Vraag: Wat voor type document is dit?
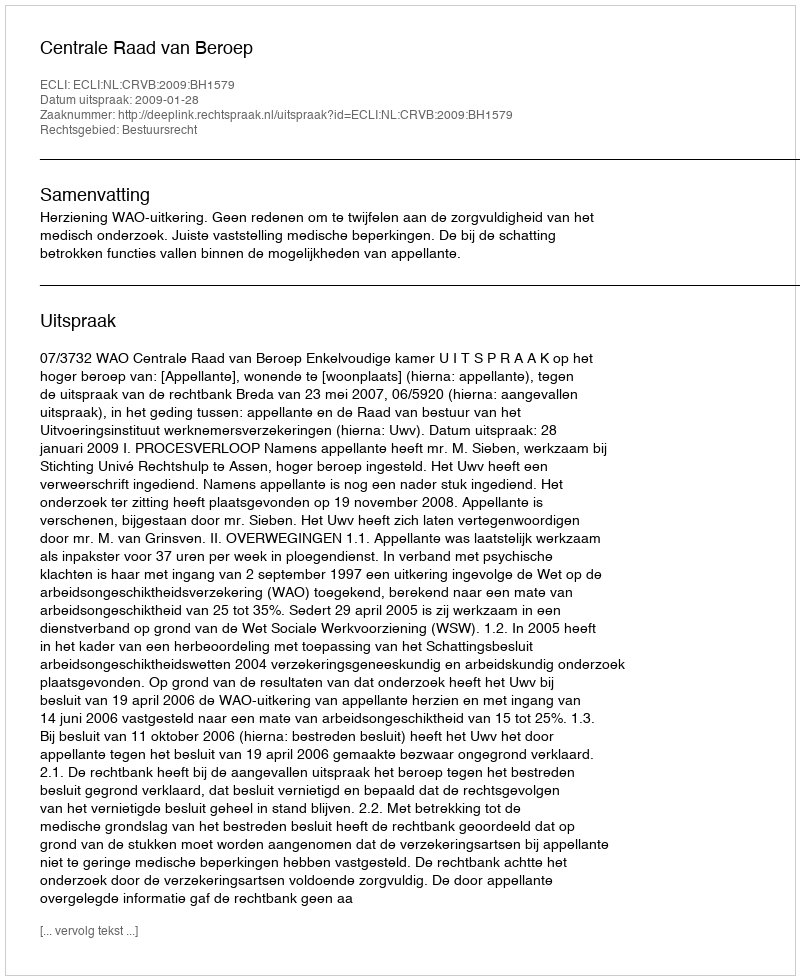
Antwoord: Uitspraak